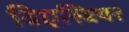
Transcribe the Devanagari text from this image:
विएस्बियर